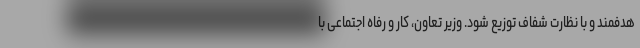
هدفمند و با نظارت شفاف توزیع شود. وزیر تعاون، کار و رفاه اجتماعی با